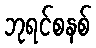
ဘုရင်စနစ်